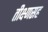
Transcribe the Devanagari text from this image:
तीक्ष्णसह